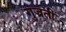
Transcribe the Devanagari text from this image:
गुज्रती